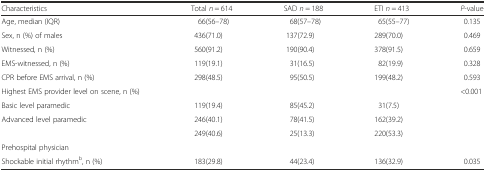
| Characteristics | Total n = 614 | SAD n = 188 | ETI n = 413 | P-value |
 | --- | --- | --- | --- | --- |
 | Age, median (IQR) | 66(56–78) | 68(57–78) | 65(55–77) | 0.135 |
 | Sex, n (%) of males | 436(71.0) | 137(72.9) | 289(70.0) | 0.469 |
 | Witnessed, n (%) | 560(91.2) | 190(90.4) | 378(91.5) | 0.659 |
 | EMS-witnessed, n (%) | 119(19.1) | 31(16.5) | 82(19.9) | 0.328 |
 | CPR before EMS arrival, n (%) | 298(48.5) | 95(50.5) | 199(48.2) | 0.593 |
 | Highest EMS provider level on scene, n (%) |  |  |  | <ROWSPAN=5> <0.001 |
 | Basic level paramedic | 119(19.4) | 85(45.2) | 31(7.5) |
 | <ROWSPAN=2> Advanced level paramedic | 246(40.1) | 78(41.5) | 162(39.2) |
 | 249(40.6) | 25(13.3) | 220(53.3) |
 | Prehospital physician |  |  |  |
 | Shockable initial rhythmb, n (%) | 183(29.8) | 44(23.4) | 136(32.9) | 0.035 |